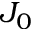
J _ { 0 }